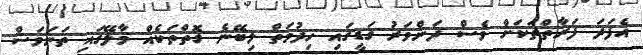
އެފަދަ ފަރާތްތަކަށް ވެސް ދަންވަރު ގަޑީގައި ހިދުމަތް ލިބޭނެ ގޮތްތަކެއް މާލޭގައި ތަނަވަސް